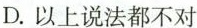
D.以上说法都不对